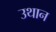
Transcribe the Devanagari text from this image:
उथान